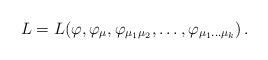
LaTeX: \begin{align*} L = L(\varphi, \varphi_{\mu} , \varphi_{{\mu_1}{\mu_2}}, \dots , \varphi_{{\mu_1} \dots {\mu_{k}}})\, .\end{align*}